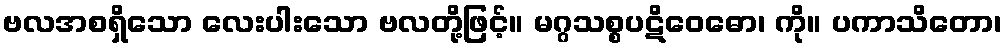
ဗလအစရှိသော လေးပါးသော ဗလတို့ဖြင့်။ မဂ္ဂသစ္စပဋိဝေဓော၊ ကို။ ပကာသိတော၊